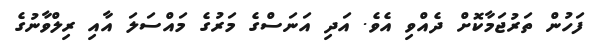
ފަހުން ތަރުޖަމާކޮށް ދެއްވި އެވެ. އަދި އަނަސްގެ މަރުގެ މައްސަލަ އާއި ރިލްވާނުގެ